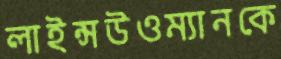
লাইন্সউওম্যানকে